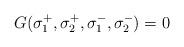
LaTeX: \begin{align*} G (\sigma_1^+,\sigma_2^+,\sigma_1^-,\sigma_2^-) = 0 \end{align*}